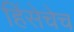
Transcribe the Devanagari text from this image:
हिंसेचेच